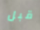
قبل